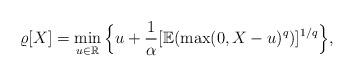
LaTeX: \begin{align*}\varrho[X]=\min_{u \in \mathbb{R}}\Big\{ u+\frac{1}{\alpha} [\mathbb{E}(\max(0,X-u)^q)]^{1/q}\Big\},\end{align*}